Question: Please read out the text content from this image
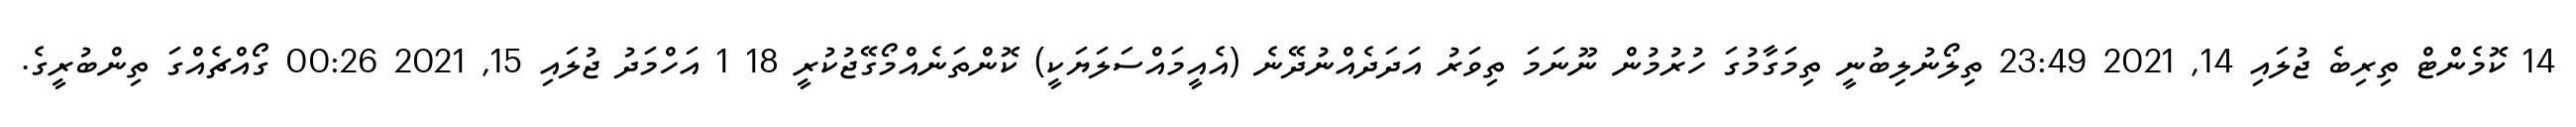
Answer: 14 ކޮމެންޓް ތިރިބެ ޖުލައި 14, 2021 23:49 ތިލޯނުލިބުނީ ތިމަގާމުގަ ހުރުމުން ނޫނަމަ ތިވަރު އަދަދެއްނުދޭނެ (އެއީމައްސަލަޔަކީ) ކޮންތަނެއްމޯގޭޖުކުރީ 18 1 އަހްމަދު ޖުލައި 15, 2021 00:26 ގޯއްޗެއްގަ ތިންބުރީގެ.